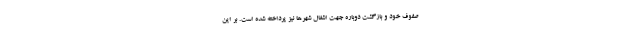
صفوف خود و بازگشت دوباره جهت اشغال شهرها نیز پرداخته شده است. بر این